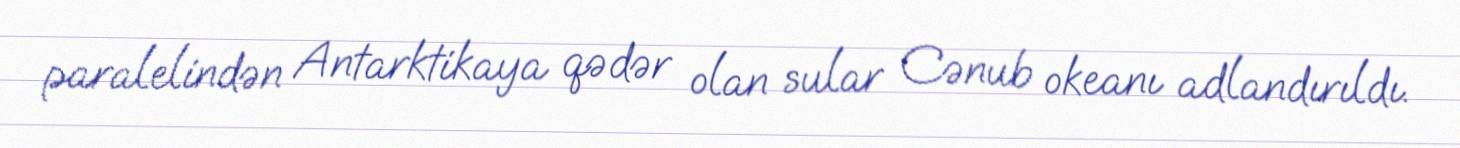
paralelindən Antarktikaya qədər olan sular Cənub okeanı adlandırıldı.